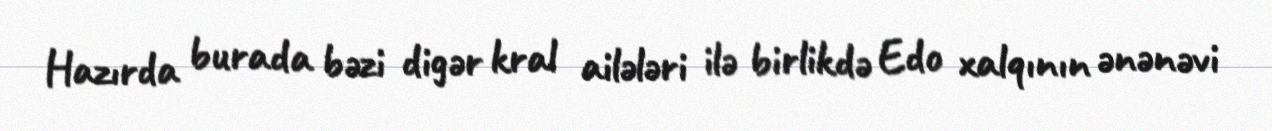
Hazırda burada bəzi digər kral ailələri ilə birlikdə Edo xalqının ənənəvi